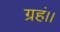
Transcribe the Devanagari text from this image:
ग्रहं।।